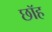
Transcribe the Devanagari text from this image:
छॉह